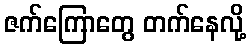
ဇက်ကြောတွေ တက်နေလို့